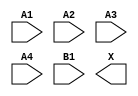
module sky130_fd_sc_hs__o41a (
    //# {{data|Data Signals}}
    input  A1,
    input  A2,
    input  A3,
    input  A4,
    input  B1,
    output X
);

    // Voltage supply signals
    supply1 VPWR;
    supply0 VGND;

endmodule